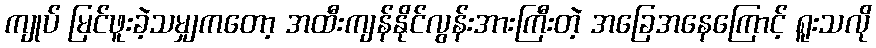
ကျုပ် မြင်ဖူးခဲ့သမျှကတော့ အထီးကျန်နိုင်လွန်းအားကြီးတဲ့ အခြေအနေကြောင့် ရူးသလို